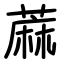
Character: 蔴